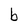
Character: b